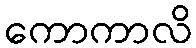
ကောကာလိ